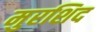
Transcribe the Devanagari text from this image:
मुरशिद